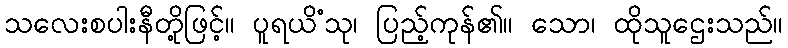
သလေးစပါးနီတို့ဖြင့်။ ပူရယိံသု၊ ပြည့်ကုန်၏။ သော၊ ထိုသူဌေးသည်။